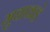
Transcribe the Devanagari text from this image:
मुद्याकडे